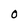
Character: O